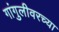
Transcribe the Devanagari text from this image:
गांगुलीवरच्या